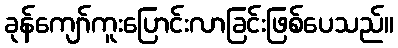
ခုန်ကျော်ကူးပြောင်းလာခြင်းဖြစ်ပေသည်။